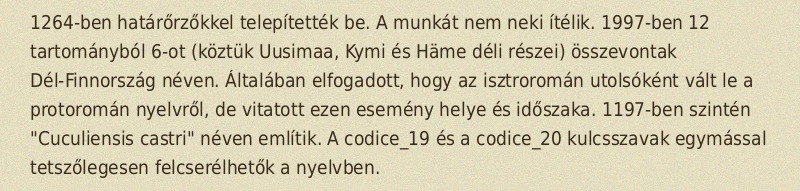
1264-ben határőrzőkkel telepítették be. A munkát nem neki ítélik. 1997-ben 12 tartományból 6-ot (köztük Uusimaa, Kymi és Häme déli részei) összevontak Dél-Finnország néven. Általában elfogadott, hogy az isztroromán utolsóként vált le a protoromán nyelvről, de vitatott ezen esemény helye és időszaka. 1197-ben szintén "Cuculiensis castri" néven említik. A codice_19 és a codice_20 kulcsszavak egymással tetszőlegesen felcserélhetők a nyelvben.